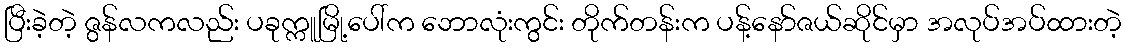
ပြီးခဲ့တဲ့ ဇွန်လကလည်း ပခုက္ကူမြို့ပေါ်က ဘောလုံးကွင်း တိုက်တန်းက ပန့်နော်ဇယ်ဆိုင်မှာ အလုပ်အပ်ထားတဲ့